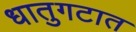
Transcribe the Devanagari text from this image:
धातुगटात